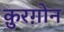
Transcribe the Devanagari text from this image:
क़ुरग़ोन